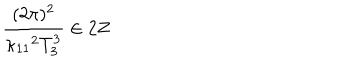
{ \frac { ( 2 \pi ) ^ { 2 } } { \kappa _ { 1 1 } { } ^ { 2 } T _ { 3 } ^ { 3 } } } \in 2 Z